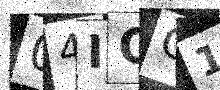
Text: 04ICC1